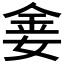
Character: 𫒈